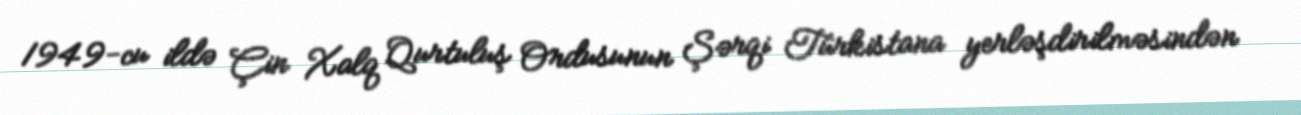
1949-cu ildə Çin Xalq Qurtuluş Ordusunun Şərqi Türkistana yerləşdirilməsindən